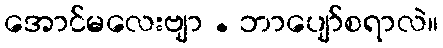
အောင်မလေးဗျာ . ဘာပျော်စရာလဲ။